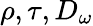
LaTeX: \rho,\tau,D_{\omega}